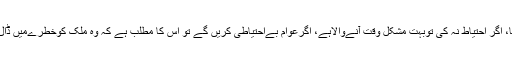
انہوں نے کہا کہ کورونا وائرس کا عروج جولائی کے آخر یا اگست میں ہوگا، اگر احتیاط نہ کی توبہت مشکل وقت آنےوالاہے، اگرعوام بےاحتیاطی کریں گے تو اس کا مطلب ہے کہ وہ ملک کوخطرےمیں ڈال رہےہیں، عوام نےکورونا وائرس کوسنجیدہ نہیں لیا تو ملک کو نقصان ہوگا۔